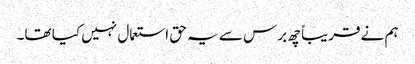
ہم نے قریباً چھ برس سے یہ حق استعمال نہیں کیا تھا۔